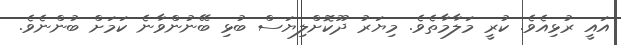
އައީ ރުޅިއެވެ. ކުރީ މަލާމާތެވެ. މިޔަރު ދޫކޮށްލިޔަސް ބުޅި ބޭނުންވާނެ ކަމަށް ބުންނެވެ.